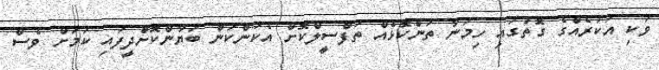
ވަކި އަކުރެއްގެ ގޮތުގައި ހިމަނާ ތަންކޮޅެއް ތަފްސީލްކޮށް އެކަންކަން ބަޔާންކޮށްދީފައި ކަމަށް ވެސް